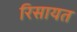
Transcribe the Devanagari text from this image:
रिसायत